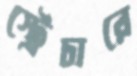
স্ট্রেচারে